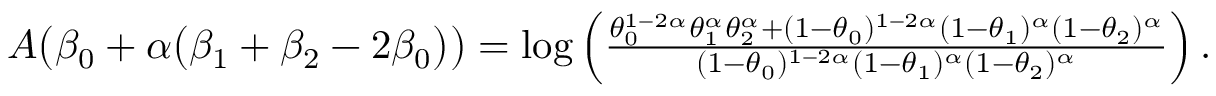
\begin{array} { r } { A \big ( \beta _ { 0 } + \alpha \big ( \beta _ { 1 } + \beta _ { 2 } - 2 \beta _ { 0 } \big ) \big ) = \log \left( \frac { \theta _ { 0 } ^ { 1 - 2 \alpha } \theta _ { 1 } ^ { \alpha } \theta _ { 2 } ^ { \alpha } + ( 1 - \theta _ { 0 } ) ^ { 1 - 2 \alpha } ( 1 - \theta _ { 1 } ) ^ { \alpha } ( 1 - \theta _ { 2 } ) ^ { \alpha } } { ( 1 - \theta _ { 0 } ) ^ { 1 - 2 \alpha } ( 1 - \theta _ { 1 } ) ^ { \alpha } ( 1 - \theta _ { 2 } ) ^ { \alpha } } \right) . } \end{array}